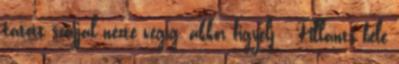
tátott szájjal nézte végig, akkor figyelj : Pillants bele